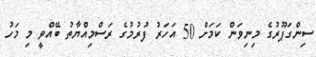
ސިންގަޕޫރުގެ މިިނިވަން ކަމަށް 50 އަހަރު ފުރުމުގެ ރަސްމިއްޔާތު ބޭއްވީ މި މަހު